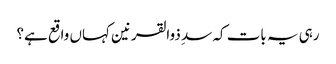
رہی یہ بات کہ سدِ ذوالقرنین کہاں واقع ہے؟